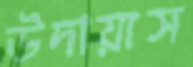
উদায়াস